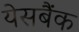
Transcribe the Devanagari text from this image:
येसबैंक